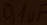
Text: 0,1uF